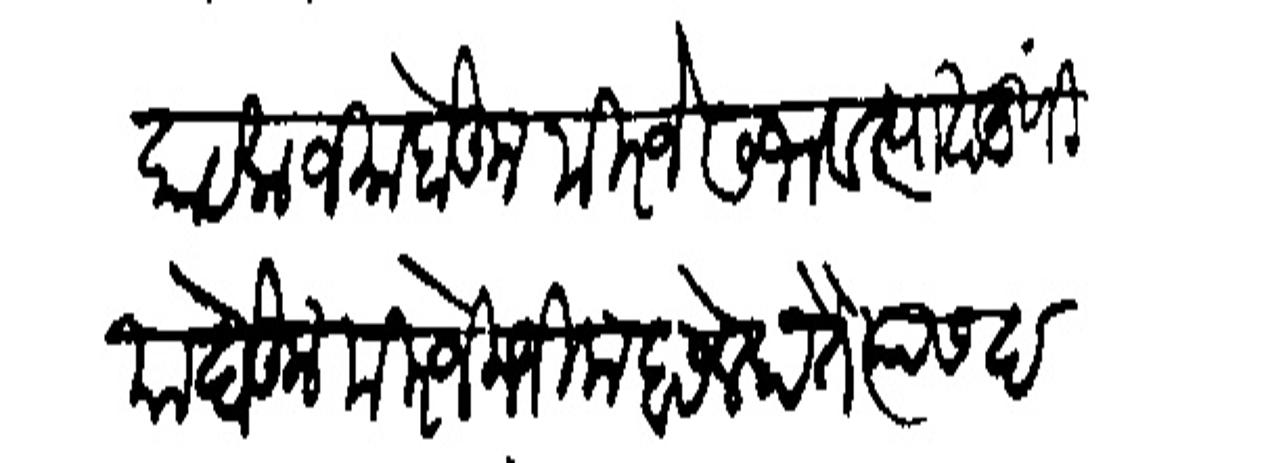
Transliteration (Devanagari): दबाव पालून फौजेत फूट करून राजश्री